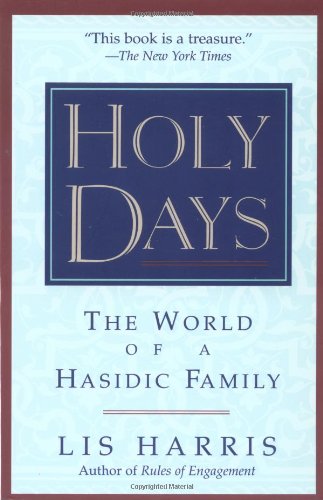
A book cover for Holy Days: The World Of The Hasidic Family; Lis Harris; Religion & Spirituality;